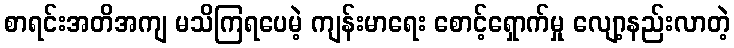
စာရင်းအတိအကျ မသိကြရပေမဲ့ ကျန်းမာရေး စောင့်ရှောက်မှု လျော့နည်းလာတဲ့